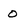
Character: 0